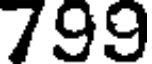
799